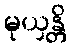
မုယှန္တိ